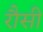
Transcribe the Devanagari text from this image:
रौसी